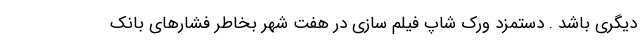
دیگری باشد . دستمزد ورک شاپ فیلم سازی در هفت شهر بخاطر فشارهای بانک